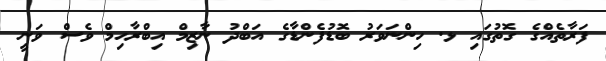
ފަރާތެއްގެ ގޮތުގައި ޅ. ހިންނަވަރު ބޮޑުފެންޑާގެ އަބްދު ނާޒިމް އިބްރާހިމް ވެސް ވަނީ